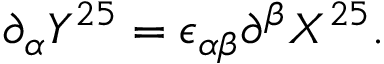
\partial _ { \alpha } Y ^ { 2 5 } = \epsilon _ { \alpha \beta } \partial ^ { \beta } X ^ { 2 5 } .